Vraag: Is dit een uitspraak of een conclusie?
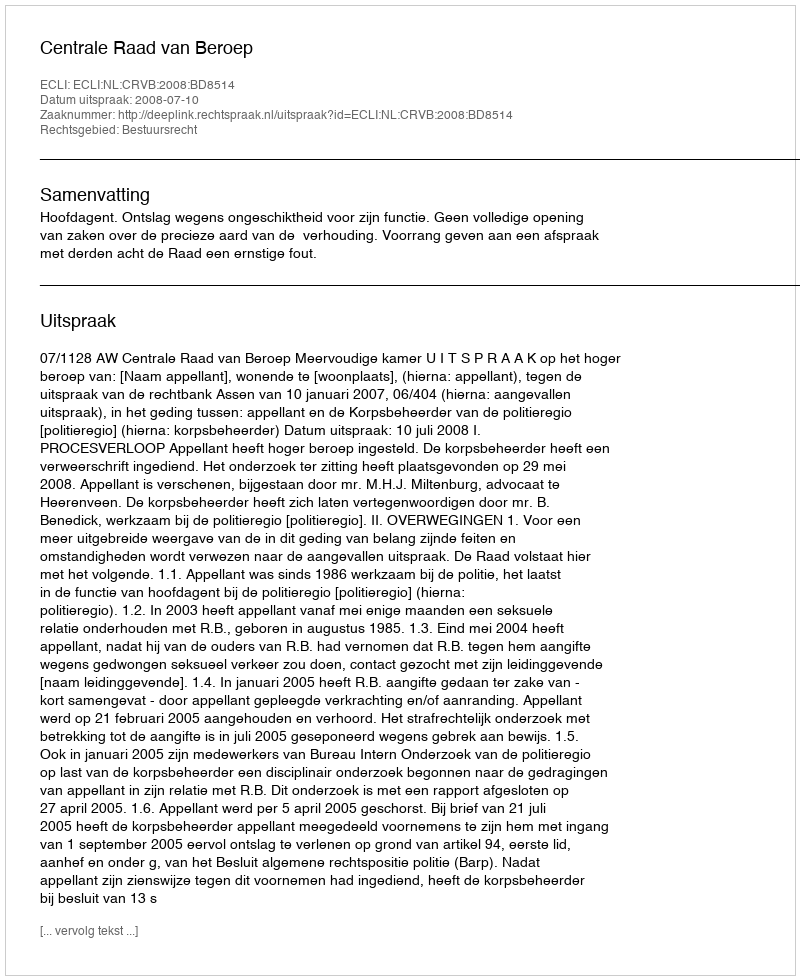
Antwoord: Uitspraak